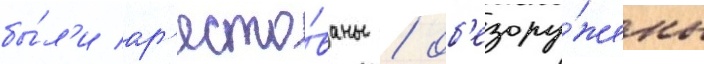
бы́л'и ар'есто́ваны / об'езору́жены